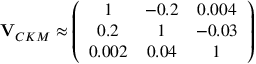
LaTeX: { \bf V } _ { C K M } \approx \left( \begin{array} { c c c } { { 1 } } & { { - 0 . 2 } } & { { 0 . 0 0 4 } } \\ { { 0 . 2 } } & { { 1 } } & { { - 0 . 0 3 } } \\ { { 0 . 0 0 2 } } & { { 0 . 0 4 } } & { { 1 } } \end{array} \right)